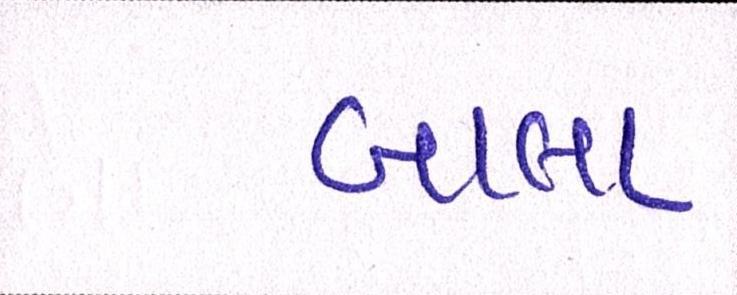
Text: બાલા